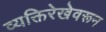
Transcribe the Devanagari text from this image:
व्यक्तिरेखेवरून